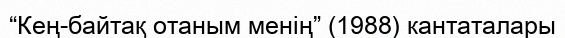
“Кең-байтақ отаным менің” (1988) кантаталары